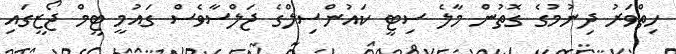
ހިތްވަރު ދިނުމުގެ ގޮތުން މާލެ ސިޓީ ކައުންސިލްގެ ޖަލްސާވެސް ގައުމީ ޓީމް ޖޯޒީގައި